Leprosy in India: report of the Leprosy Commission in India, 1890-91
Year: 1890
Disease focus: Leprosy
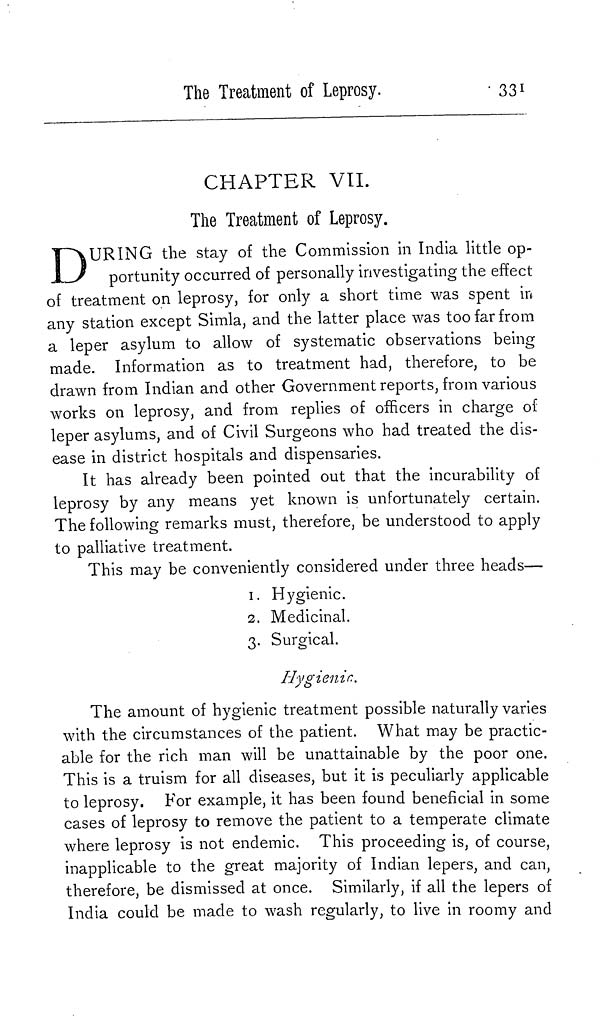
The Treatment of Leprosy.
331
CHAPTER VII.
The Treatment of Leprosy.
D URING the stay of the Commission in India little op-
portunity occurred of personally investigating the effect
of treatment on leprosy, for only a short time was spent in
any station except Simla, and the latter place was too far from
a leper asylum to allow of systematic observations being
made. Information as to treatment had, therefore, to be
drawn from Indian and other Government reports, from various
works on leprosy, and from replies of officers in charge of
leper asylums, and of Civil Surgeons who had treated the dis-
ease in district hospitals and dispensaries.
It has already been pointed out that the incurability of
leprosy by any means yet known is unfortunately certain.
The following remarks must, therefore, be understood to apply
to palliative treatment.
This may be conveniently considered under three heads—
1. Hygienic.
2. Medicinal.
3. Surgical.
Hygienic.
The amount of hygienic treatment possible naturally varies
with the circumstances of the patient. What may be practic-
able for the rich man will be unattainable by the poor one.
This is a truism for all diseases, but it is peculiarly applicable
to leprosy. For example, it has been found beneficial in some
cases of leprosy to remove the patient to a temperate climate
where leprosy is not endemic. This proceeding is, of course,
inapplicable to the great majority of Indian lepers, and can,
therefore, be dismissed at once. Similarly, if all the lepers of
India could be made to wash regularly, to live in roomy and